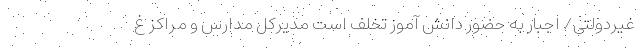
غیردولتی/ اجبار به حضور دانش آموز تخلف است مدیرکل مدارس و مراکز غ